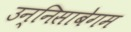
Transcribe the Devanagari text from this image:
उन्निसाबेगम